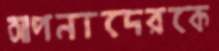
আপনাদেরকে